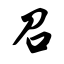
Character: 召